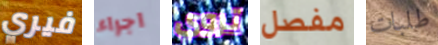
فيري اجراء تروي مفصل طلبات